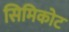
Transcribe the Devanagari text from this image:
सिमिकोट